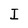
Character: I